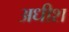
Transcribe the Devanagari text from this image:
अधीश